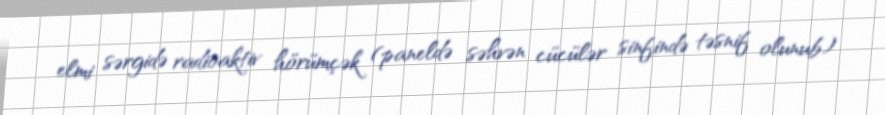
elmi sərgidə radioaktiv hörümçək (paneldə səhvən cücülər sinfində təsnif olunub)